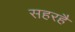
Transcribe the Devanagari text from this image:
सहरहै